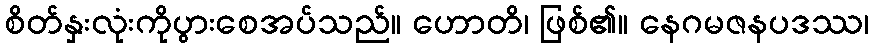
စိတ်နှးလုံးကိုပွားစေအပ်သည်။ ဟောတိ၊ ဖြစ်၏။ နေဂမဇနပဒဿ၊